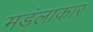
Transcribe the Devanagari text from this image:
मडंलाकार